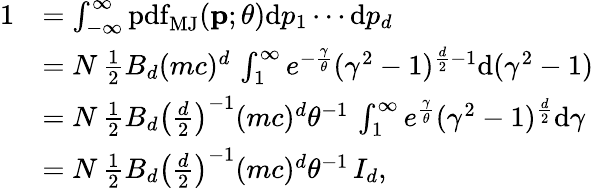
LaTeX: {\begin{array}{rl}{1}&{=\int_{-\infty}^{\infty}\operatorname{pdf}_{\mathrm{MJ}}(\mathbf{p};\theta)\mathrm{d}p_{1}\cdots\mathrm{d}p_{d}}\\ &{=N\, {\frac{1}{2}}B_{d}(mc)^{d}\, \int_{1}^{\infty}e^{-{\frac{\gamma}{\theta}}}(\gamma^{2}-1)^{{\frac{d}{2}}-1}\mathrm{d}(\gamma^{2}-1)}\\ &{=N\, {\frac{1}{2}}B_{d}\left({\frac{d}{2}}\right)^{-1}(mc)^{d}\theta^{-1}\, \int_{1}^{\infty}e^{\frac{\gamma}{\theta}}(\gamma^{2}-1)^{\frac{d}{2}}\mathrm{d}\gamma}\\ &{=N\, {\frac{1}{2}}B_{d}\left({\frac{d}{2}}\right)^{-1}(mc)^{d}\theta^{-1}\, I_{d},}\end{array}}